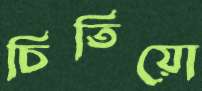
চিতিয়ো